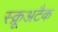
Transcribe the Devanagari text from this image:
स्क्रूअटैक